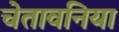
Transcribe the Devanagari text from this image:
चेतावनिया